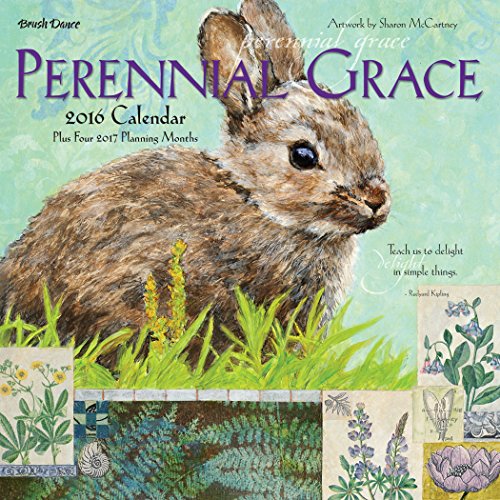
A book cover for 2016 Perennial Grace Mini Calendar; Brush Dance; Calendars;